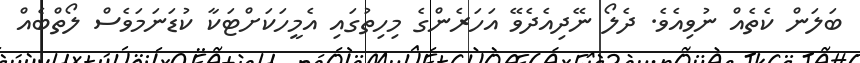
ބަލަން ކެތެއް ނުވިއެވެ. ދެލޯ ނޭދިއެދެވޭ އަހަރެންގެ މިހިތުގައި އެމީހަކަށްޓަކާ ކުޑަނަމަވެސް ލޯތްބެއް